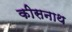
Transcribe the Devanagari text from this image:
कीसनाथ